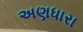
અણધારા